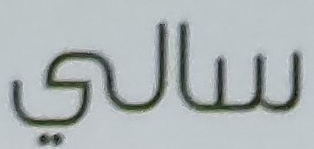
سالي